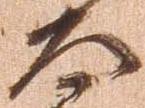
太